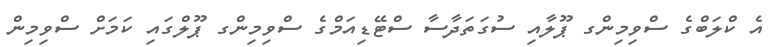
އެ ކްލަބްގެ ސްވިމިންގ ޕޫލާއި ސުގަތަދާސާ ސްޓޭޑިއަމްގެ ސްވިމިންގ ޕޫލްގައި ކަމަށް ސްވިމިން